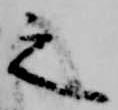
之